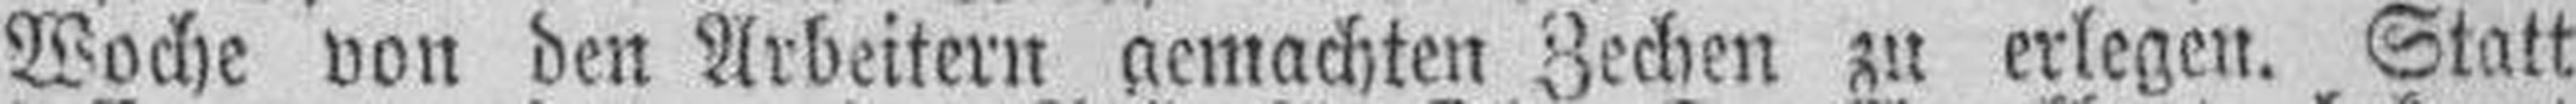
Woche von den Arbeitern gemachten Zechen zu erlegen. Statt